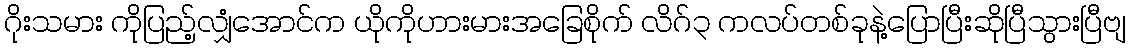
ဂိုးသမား ကိုပြည့်လျှံအောင်က ယိုကိုဟားမားအခြေစိုက် လိဂ်၃ ကလပ်တစ်ခုနဲ့ပြောပြီးဆိုပြီသွားပြီဗျ